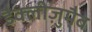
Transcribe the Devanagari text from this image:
डैक्लीज़ुमैब